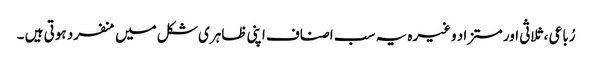
رُباعی ، ثلاثی اور مستزاد وغیرہ یہ سب اصناف اپنی ظاہری شکل میں منفرد ہوتی ہیں ۔